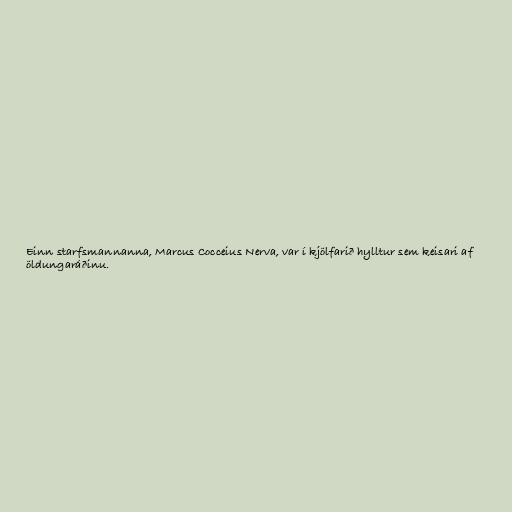
Einn starfsmannanna, Marcus Cocceius Nerva, var í kjölfarið hylltur sem keisari af
öldungaráðinu.